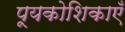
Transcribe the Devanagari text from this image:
पूयकोशिकाएँ